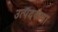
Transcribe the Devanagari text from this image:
उत्पदकंणा